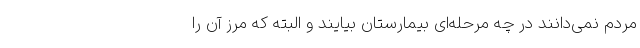
مردم نمی‌دانند در چه مرحله‌ای بیمارستان بیایند و البته که مرز آن را